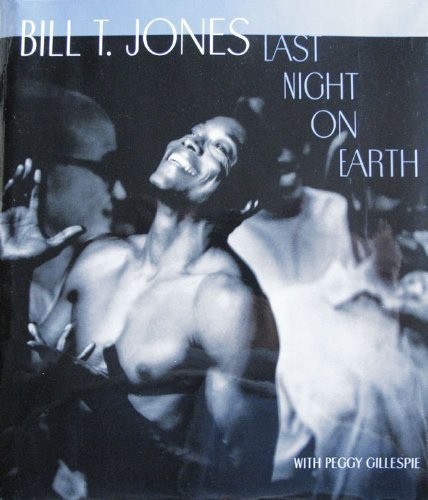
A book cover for Last Night on Earth; Bill T. Jones; Biographies & Memoirs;